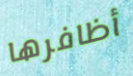
أظافرها